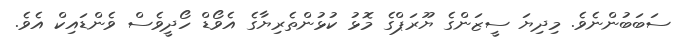
ސަބަބުންނެވެ. މިދިޔަ ސީޒަންގެ ޔޫރަޕްގެ މޮޅު ކުޅުންތެރިޔާގެ އެވޯޑް ހޯދީވެސް ވެންޑައިކް އެވެ.